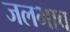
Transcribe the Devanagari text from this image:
जलभाव